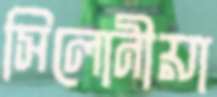
সিলোনীয়া